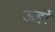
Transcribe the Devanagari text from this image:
ऊहों